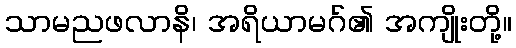
သာမညဖလာနိ၊ အရိယာမဂ်၏ အကျိုးတို့။